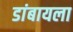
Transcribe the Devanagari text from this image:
डांबायला